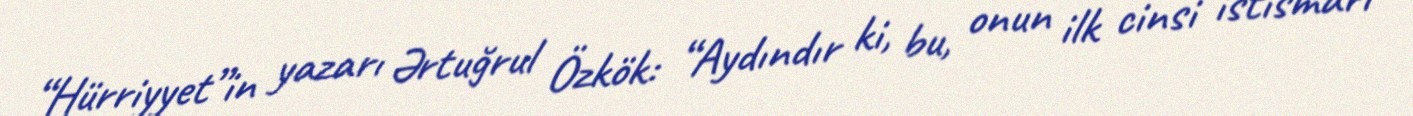
“Hürriyyet”in yazarı Ərtuğrul Özkök: “Aydındır ki, bu, onun ilk cinsi istismarı